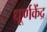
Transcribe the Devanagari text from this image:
धूर्णकेंद्र